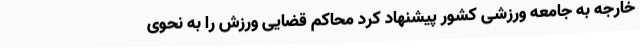
خارجه به جامعه ورزشی کشور پیشنهاد کرد محاکم قضایی ورزش را به نحوی